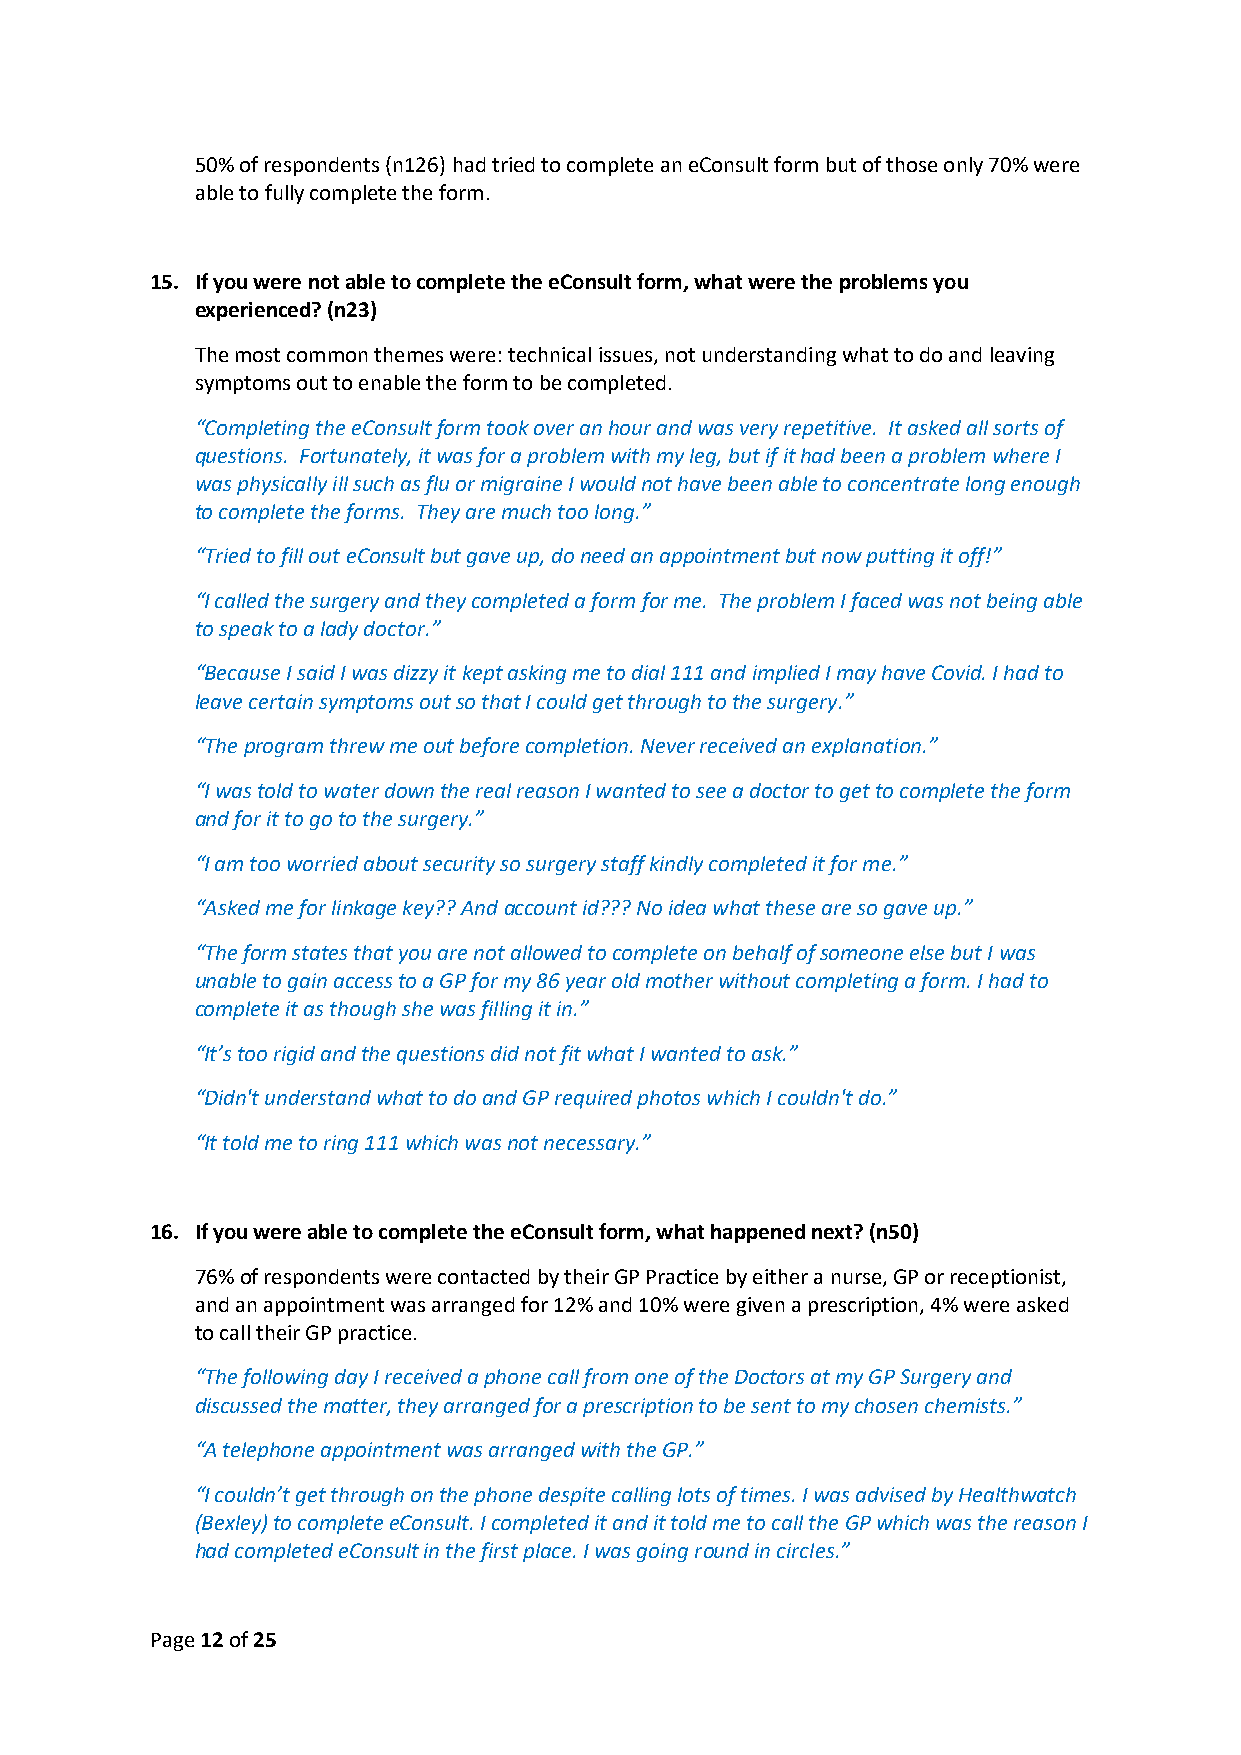
50% of respondents (n126) had tried to complete an eConsult form but of those only 70% were
 able to fully complete the form.
 15. If you were not able to complete the eConsult form, what were the problems you
 experienced? (n23)
 The most common themes were: technical issues, not understanding what to do and leaving
 symptoms out to enable the form to be completed.
 “Completing the eConsult form took over an hour and was very repetitive. It asked all sorts of
 questions. Fortunately, it was for a problem with my leg, but if it had been a problem where I
 was physically ill such as flu or migraine I would not have been able to concentrate long enough
 to complete the forms. They are much too long.”
 “Tried to fill out eConsult but gave up, do need an appointment but now putting it off!”
 “I called the surgery and they completed a form for me. The problem I faced was not being able
 to speak to a lady doctor.”
 “Because I said I was dizzy it kept asking me to dial 111 and implied I may have Covid. I had to
 leave certain symptoms out so that I could get through to the surgery.”
 “The program threw me out before completion. Never received an explanation.”
 “I was told to water down the real reason I wanted to see a doctor to get to complete the form
 and for it to go to the surgery.”
 “I am too worried about security so surgery staff kindly completed it for me.”
 “Asked me for linkage key?? And account id??? No idea what these are so gave up.”
 “The form states that you are not allowed to complete on behalf of someone else but I was
 unable to gain access to a GP for my 86 year old mother without completing a form. I had to
 complete it as though she was filling it in.”
 “It’s too rigid and the questions did not fit what I wanted to ask.”
 “Didn't understand what to do and GP required photos which I couldn't do.”
 “It told me to ring 111 which was not necessary.”
 16. If you were able to complete the eConsult form, what happened next? (n50)
 76% of respondents were contacted by their GP Practice by either a nurse, GP or receptionist,
 and an appointment was arranged for 12% and 10% were given a prescription, 4% were asked
 to call their GP practice.
 “The following day I received a phone call from one of the Doctors at my GP Surgery and
 discussed the matter, they arranged for a prescription to be sent to my chosen chemists.”
 “A telephone appointment was arranged with the GP.”
 “I couldn’t get through on the phone despite calling lots of times. I was advised by Healthwatch
 (Bexley) to complete eConsult. I completed it and it told me to call the GP which was the reason I
 had completed eConsult in the first place. I was going round in circles.”
 Page 12 of 25